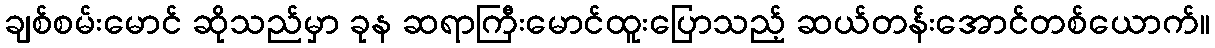
ချစ်စမ်းမောင် ဆိုသည်မှာ ခုန ဆရာကြီးမောင်ထူးပြောသည့် ဆယ်တန်းအောင်တစ်ယောက်။